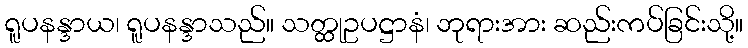
ရူပနန္ဒာယ၊ ရူပနန္ဒာသည်။ သတ္ထုဥပဋ္ဌာနံ၊ ဘုရားအား ဆည်းကပ်ခြင်းသို့။